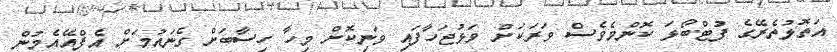
އަތޮޅުތެރޭގެ ފުޓްބޯޅަ ކޮންމެވެސް ވަރަކަށް ވަޅުޖަހާފައި ވަނިކޮށް މިހާ ހިސާބަށް ގެނައުމަށް އެފްއޭއެމުން